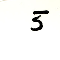
5